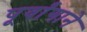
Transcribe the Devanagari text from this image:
पूर्वांगाने